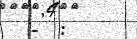
-  :